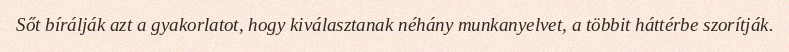
Sőt bírálják azt a gyakorlatot, hogy kiválasztanak néhány munkanyelvet, a többit háttérbe szorítják.